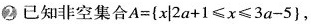
②已知非空集合$$A= \left\{x | 2 a+1 \leqslant x \leqslant 3 a-5\right\}$$,